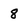
Character: 8